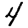
Digit: 4